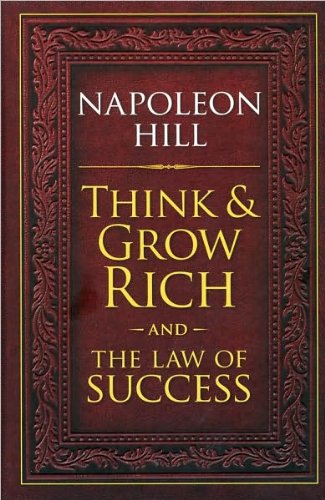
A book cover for Think & Grow Rich and The Law of Success; Napoleon Hill; Business & Money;